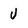
Character: V